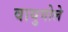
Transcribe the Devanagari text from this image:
वायुगोले